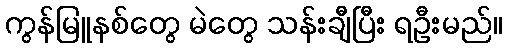
ကွန်မြူနစ်တွေ မဲတွေ သန်းချီပြီး ရဦးမည်။